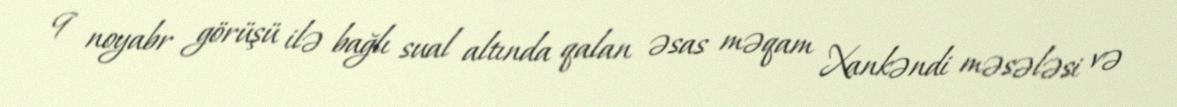
9 noyabr görüşü ilə bağlı sual altında qalan əsas məqam Xankəndi məsələsi və